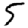
Digit: 5